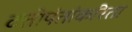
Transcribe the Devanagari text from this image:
दत्तोपंतांकरिता